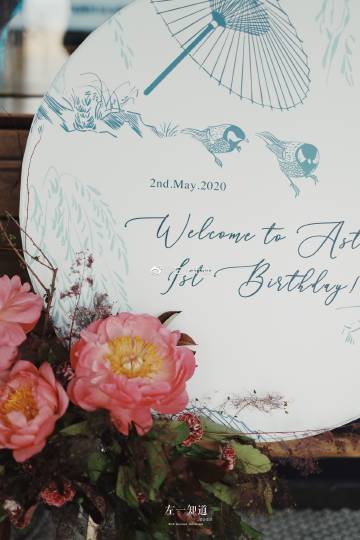
下床着新衣，初学小姑拜。